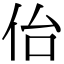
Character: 佁